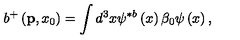
b ^ { + } \left( { \bf p } , x _ { 0 } \right) = \int d ^ { 3 } x \psi ^ { \ast b } \left( x \right) \beta _ { 0 } \psi \left( x \right) ,